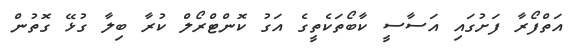
އަތްފޯރާ ފަށުގައި އަސާސީ ކާބޯތަކެތީގެ އަގު ކޮންޓްރޯލް ކުރާ ބިލާ ގުޅޭ ގޮތުން